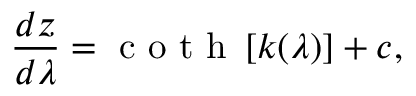
\frac { d z } { d \lambda } = \textrm { c o t h } \left[ k ( \lambda ) \right] + c ,